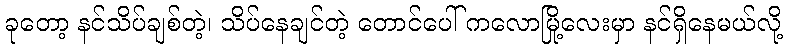
ခုတော့ နင်သိပ်ချစ်တဲ့၊ သိပ်နေချင်တဲ့ တောင်ပေါ် ကလောမြို့လေးမှာ နင်ရှိနေမယ်လို့